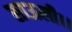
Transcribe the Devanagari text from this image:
साऊली।।